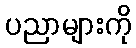
ပညာများကို